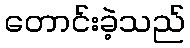
တောင်းခဲ့သည်